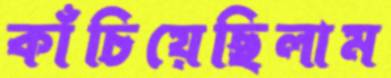
কাঁচিয়েছিলাম